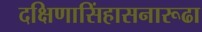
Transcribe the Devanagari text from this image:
दक्षिणासिंहासनारूढा